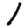
Digit: 1